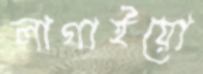
লাগাইয়ো